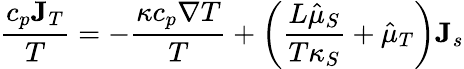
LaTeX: \frac{c_{p}{\mathbf J}_{T}}{T}=-\frac{\kappa c_{p}\nabla T}{T}+\left(\frac{L\hat{\mu}_{S}}{T\kappa_{S}}+\hat{\mu}_{T}\right){\mathbf J}_{s}